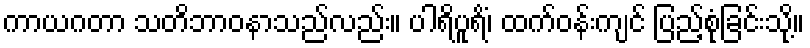
ကာယဂတာ သတိဘာဝနာသည်လည်း။ ပါရိပူရိံ၊ ထက်ဝန်းကျင် ပြည့်စုံခြင်းသို့။